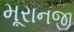
મૂરાનજી